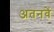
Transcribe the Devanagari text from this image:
अतनवें